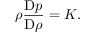
{ \rho } \frac { \mathrm { D } p } { \mathrm { D } \rho } = K .